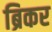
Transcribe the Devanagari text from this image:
ब्रिकर